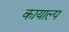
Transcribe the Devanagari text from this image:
कायाल्प